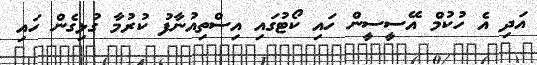
އަދި އެ ހުކުމް އޭސީސީން ހައި ކޯޓުގައި އިސްތިއުނާފު ކުރުމާ ގުޅިގެން ހައި